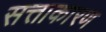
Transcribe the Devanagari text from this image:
सत्ताकारण